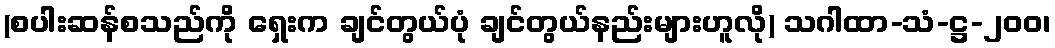
(စပါးဆန်စသည်ကို ရှေးက ချင်တွယ်ပုံ ချင်တွယ်နည်းများဟူလို) သဂါထာ-သံ-ဋ္ဌ-၂၀၀၊